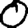
Digit: 0